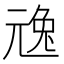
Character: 𠒢